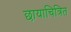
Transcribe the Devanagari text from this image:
छायाचित्रित